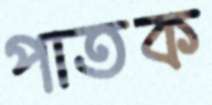
পাতক